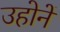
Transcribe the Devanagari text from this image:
उहोनें